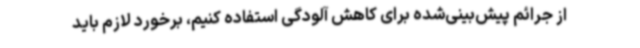
از جرائم پیش‌بینی‌شده برای کاهش آلودگی استفاده کنیم، برخورد لازم باید